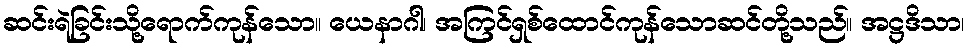
ဆင်းရဲခြင်းသို့ရောက်ကုန်သော။ ယေနာဂါ၊ အကြင်ရှစ်ထောင်ကုန်သောဆင်တို့သည်။ အဋ္ဌဒိသာ၊